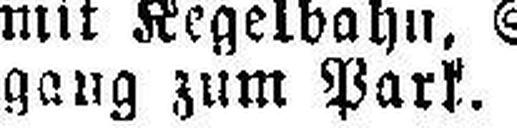
gang zum Park.